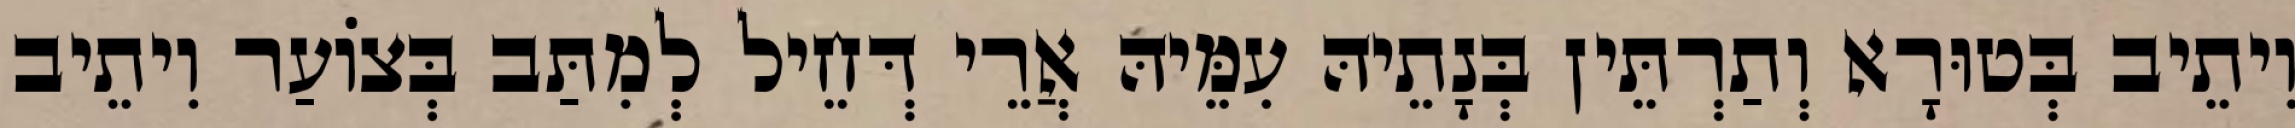
וִיתֵיב בְּטוּרָא וְתַרְתֵּין בְּנָתֵיהּ עִמֵּיהּ אֲרֵי דְּחֵיל לְמִתַּב בְּצוֹעַר וִיתֵיב